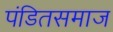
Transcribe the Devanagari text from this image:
पंडितसमाज